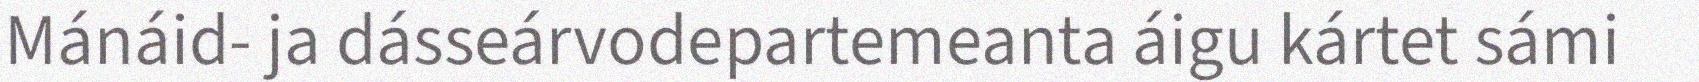
Mánáid- ja dásseárvodepartemeanta áigu kártet sámi